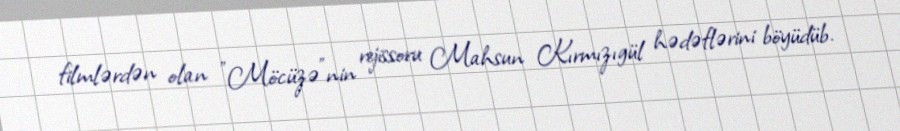
filmlərdən olan "Möcüzə"nin rejissoru Mahsun Kırmızıgül hədəflərini böyüdüb.